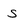
Character: s